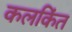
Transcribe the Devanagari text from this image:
कलकिंत